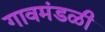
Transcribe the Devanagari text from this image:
गावमंडळी